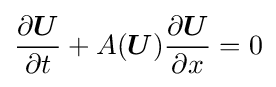
{\frac {\partial {\boldsymbol {U}}}{\partial t}}+A({\boldsymbol {U}}){\frac {\partial {\boldsymbol {U}}}{\partial x}}=0